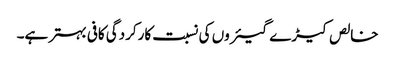
خالص کیڑے گیئروں کی نسبت کارکردگی کافی بہتر ہے۔